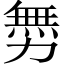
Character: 𠢬